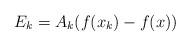
LaTeX: \begin{align*}E_k = A_k(f(x_k) - f(x))\end{align*}